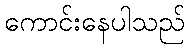
ကောင်းနေပါသည်